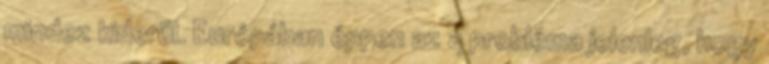
mindez kiderül. Európában éppen az a probléma jelenleg, hogy